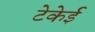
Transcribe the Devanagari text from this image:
टेकेई